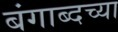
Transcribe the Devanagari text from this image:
बंगाब्दच्या